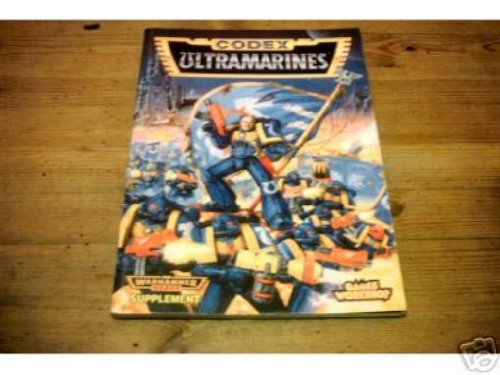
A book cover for Codex: Ultramarines- Supplement (Warhammer 40,000); Rick Priestley; Science Fiction & Fantasy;